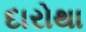
દારોથા